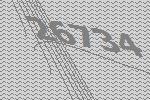
26734